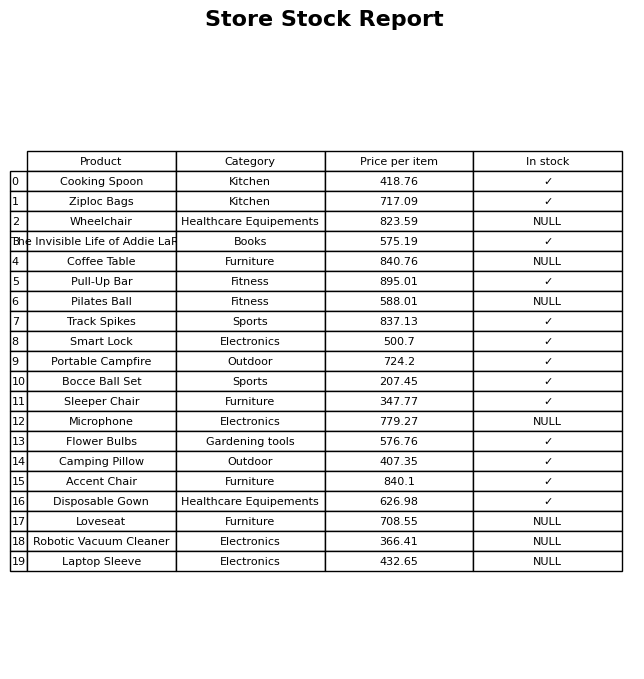
question: What is the price of the Pull-Up Bar?
answer: The price of Pull-Up Bar is 895.01.